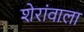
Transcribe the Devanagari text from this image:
शेरांवाला